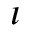
\iota